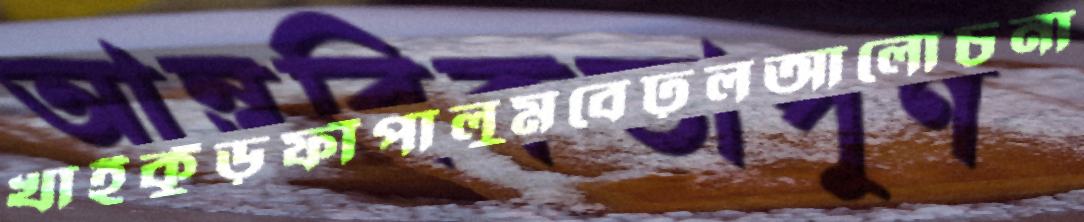
খাইকুঁড়ফাঁপালুমবেঢ়লআলোচনা